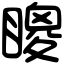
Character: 𥊙